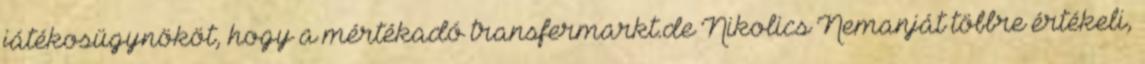
játékosügynököt, hogy a mértékadó transfermarkt.de Nikolics Nemanját többre értékeli,